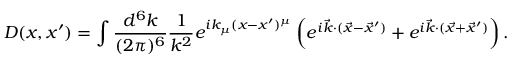
D ( x , x ^ { \prime } ) = \int { \frac { d ^ { 6 } k } { ( 2 \pi ) ^ { 6 } } } { \frac { 1 } { k ^ { 2 } } } e ^ { i k _ { \mu } ( x - x ^ { \prime } ) ^ { \mu } } \left( e ^ { i { \vec { k } } \cdot ( { \vec { x } } - { \vec { x } } ^ { \prime } ) } + e ^ { i { \vec { k } } \cdot ( { \vec { x } } + { \vec { x } } ^ { \prime } ) } \right) .